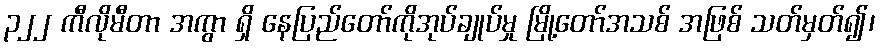
၃၂၂ ကီလိုမီတာ အကွာ ရှိ နေပြည်တော်ကိုအုပ်ချုပ်မှု မြို့တော်အသစ် အဖြစ် သတ်မှတ်၍၊